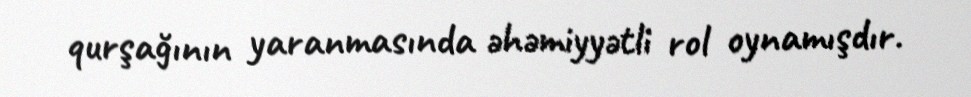
qurşağının yaranmasında əhəmiyyətli rol oynamışdır.